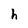
Character: h